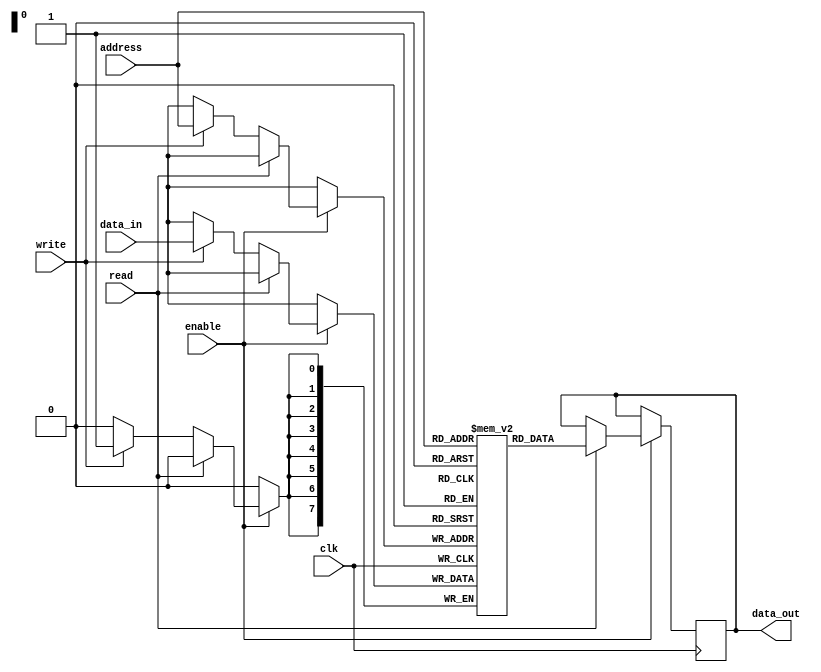
module QDR_SRAM(
    input wire clk,
    input wire [7:0] address,
    input wire [7:0] data_in,
    output reg [7:0] data_out,
    input wire read,
    input wire write,
    input wire enable
);

reg [7:0] memory [0:255];

always @(posedge clk) begin
    if (enable) begin
        if (read) begin
            data_out <= memory[address];
        end else if (write) begin
            memory[address] <= data_in;
        end
    end
end

endmodule